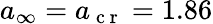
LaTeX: {a}_{\infty}={a}_{\mathrm{~c~r~}}=1.86